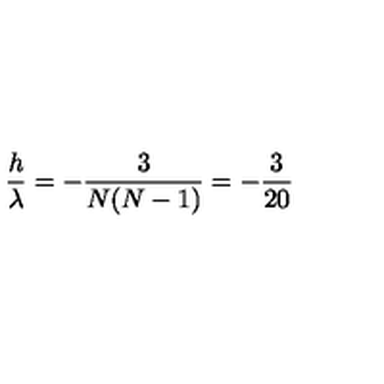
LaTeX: { \frac { h } { \lambda } } = - { \frac { 3 } { N ( N - 1 ) } } = - { \frac { 3 } { 2 0 } }